Report on vaccination in Madras 1904-1921 - 1904-1921
Year: 1904
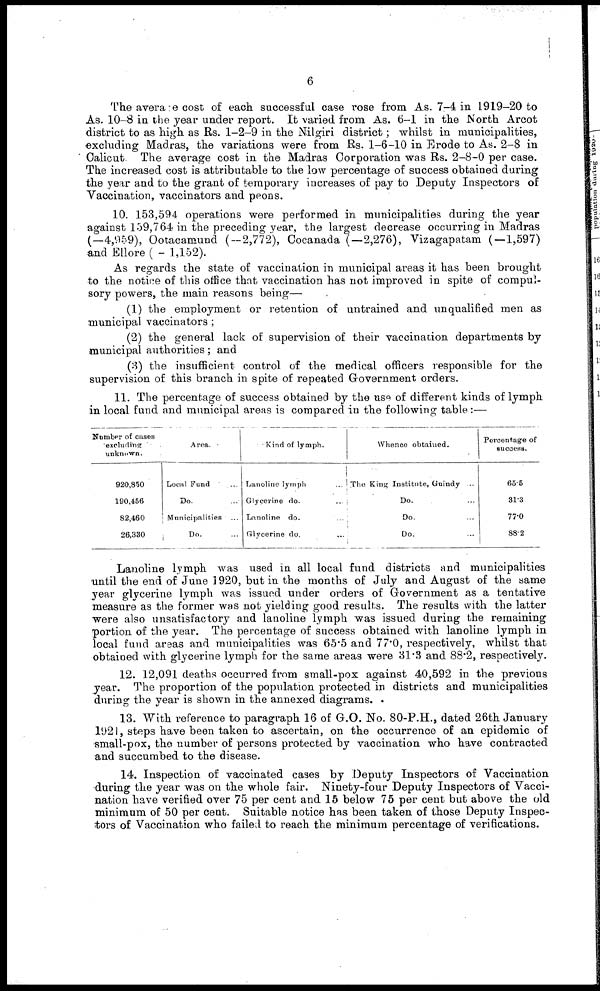
6
The average cost of each successful case rose from As. 7-4 in 1919-20 to
As. 10-8 in the year under report. It varied from As. 6-1 in the North Arcot
district to as high as Rs. 1-2-9 in the Nilgiri district ; whilst in municipalities,
excluding Madras, the variations were from Rs. 1-6-10 in Erode to As. 2-8 in
Calicut. The average cost in the Madras Corporation was Rs. 2-8-0 per case.
The increased cost is attributable to the low percentage of success obtained during
the year and to the grant of temporary increases of pay to Deputy Inspectors of
Vaccination, vaccinators and peons.
10. 153,594 operations were performed in municipalities during the year
against 159,764 in the preceding year, the largest decrease occurring in Madras
(—4,959), Ootacamund (—2,772), Cocanada (—2,276), Vizagapatam (—1,597)
and Ellore ( — 1,152).
As regards the state of vaccination in municipal areas it has been brought
to the notice of this office that vaccination has not improved in spite of compul-
sory powers, the main reasons being—
(1) the employment or retention of untrained and unqualified men as
municipal vaccinators ;
(2) the general lack of supervision of their vaccination departments by
municipal authorities; and
(3) the insufficient control of the medical officers responsible for the
supervision of this branch in spite of repeated Government orders.
11. The percentage of success obtained by the use of different kinds of lymph
in local fund and municipal areas is compared in the following table:—
Number of cases
excluding
unknown.
920,850
190,456
82,460
26,330
Area.
Local Fund ...
Do. ...
Municipalities ...
Do. ...
Kind of lymph.
Lanoline lymph ...
Glycerine do. ...
Lanoline do. ...
Glycerine do. ...
Whence obtained.
The King Institute, Guindy ...
Do. ...
Do. ...
Do. ...
Percentage of
success.
65.5
31.8
77.0
88.2
Lanoline lymph was used in all local fund districts and municipalities
until the end of June 1920, but in the months of July and August of the same
year glycerine lymph was issued under orders of Government as a tentative
measure as the former was not yielding good results. The results with the latter
were also unsatisfactory and lanoline lymph was issued during the remaining
portion of the year. The percentage of success obtained with lanoline lymph in
local fund areas and municipalities was 65.5 and 77.0, respectively, whilst that
obtained with glycerine lymph for the same areas were 31.3 and 88.2, respectively.
12. 12,091 deaths occurred from small-pox against 40,592 in the previous
year. The proportion of the population protected in districts and municipalities
during the year is shown in the annexed diagrams.
13. With reference to paragraph 16 of G.O. No. 80-P.H., dated 26th January
1921, steps have been taken to ascertain, on the occurrence of an epidemic of
small-pox, the number of persons protected by vaccination who have contracted
and succumbed to the disease.
14. Inspection of vaccinated cases by Deputy Inspectors of Vaccination
during the year was on the whole fair. Ninety-four Deputy Inspectors of Vacci-
nation have verified over 75 per cent and 15 below 75 per cent but above the old
minimum of 50 per cent. Suitable notice has been taken of those Deputy Inspec-
tors of Vaccination who failed to reach the minimum percentage of verifications.